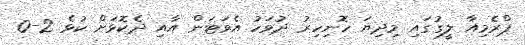
ޕްރެމިއާ ލީގުގައި މިދިޔަ ހޮނިހިރު ދުވަހު އެވަޓަން އާއި ދެކޮޅަށް ކުޅެ 2-0